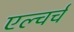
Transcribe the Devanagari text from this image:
एल्चर्च